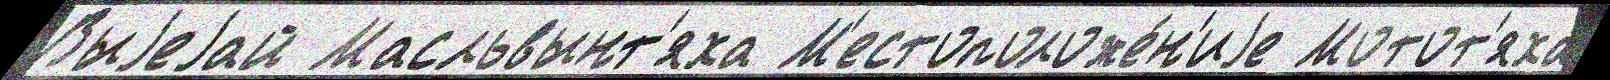
Выjеjай Масльвынт'яха М'естоположе́н'иjе Мотот'яха